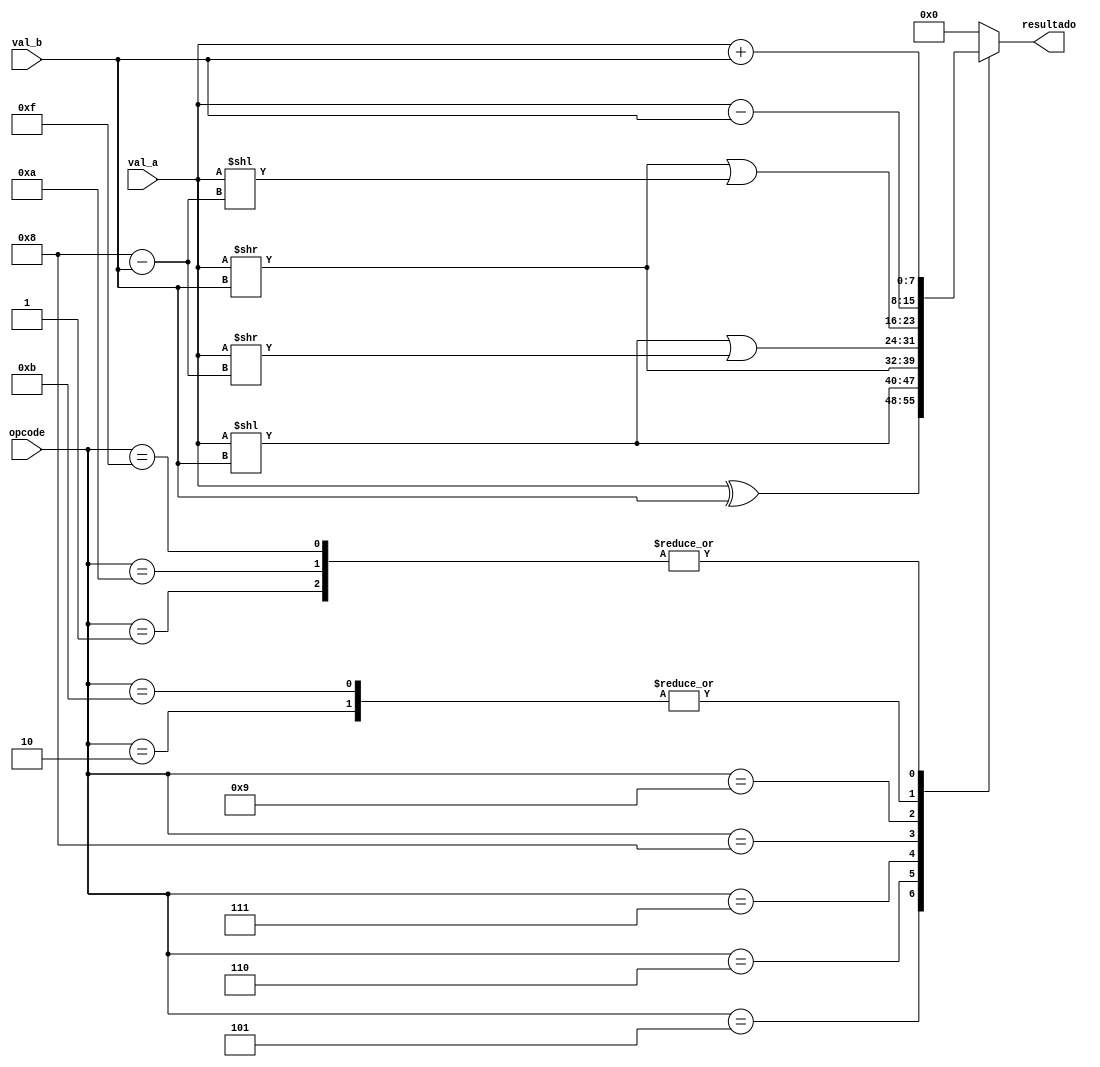
module alu(
    val_a,
	 val_b,
    opcode,
    resultado
    );

input wire [7:0] val_a,val_b;
input wire [3:0] opcode;
output reg [7:0] resultado;


always @*
begin
    case (opcode)
		4'b0001: resultado <= val_a + val_b;	//SUMA vector-vector
		4'b0010: resultado <= val_a - val_b;	//RESTA vector-vector
		4'b0101: resultado <= val_a ^ val_b; //XOR vector-escalar
		4'b0110: resultado <= val_a << val_b;	//SHIFT LEFT vector-escalar
		4'b0111: resultado <= val_a >> val_b;	//SHIFT RIGHT vector-escalar
		4'b1000: resultado <= (val_a << val_b) | (val_a >> 4'b1000-val_b);	//SHIFT LEFT CIRCULAR vector-escalar
		4'b1001: resultado <= (val_a >> val_b) | (val_a << 4'b1000-val_b);	//SHIFT RIGHT CIRCULAR vector-escalar
		4'b1010: resultado <= val_a + val_b;	//SUMA vector-escalar
		4'b1011: resultado <= val_a - val_b;	//RESTA vector-escalar
		4'b1111: resultado <= val_a + val_b;	//VFS (offset)
		default: resultado <= 8'b0;
    endcase
end
endmodule